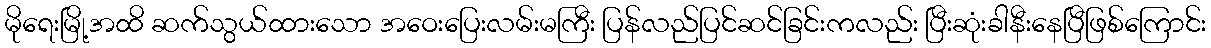
မိုရေးမြို့အထိ ဆက်သွယ်ထားသော အဝေးပြေးလမ်းမကြီး ပြန်လည်ပြင်ဆင်ခြင်းကလည်း ပြီးဆုံးခါနီးနေပြီဖြစ်ကြောင်း